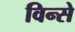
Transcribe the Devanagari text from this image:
विन्से